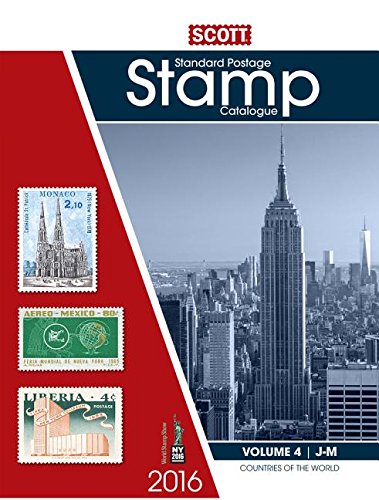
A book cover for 2016 Scott Catalogue Volume 4 (Countries J-M): Standard Postage Stamp Catalogue (Scott Standard Postage Stamp Catalogue Vol 4 Countries J-M); Crafts, Hobbies & Home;